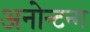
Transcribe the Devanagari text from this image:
अनोन्टन्ग